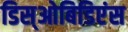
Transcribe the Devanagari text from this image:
डिस्‌ओबिडिएंस